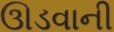
ઊડવાની